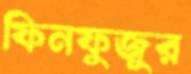
ফিনফুজুর